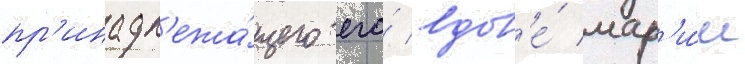
пр'инадл'ежа́щего его́ вдов'е́ мар'и́и